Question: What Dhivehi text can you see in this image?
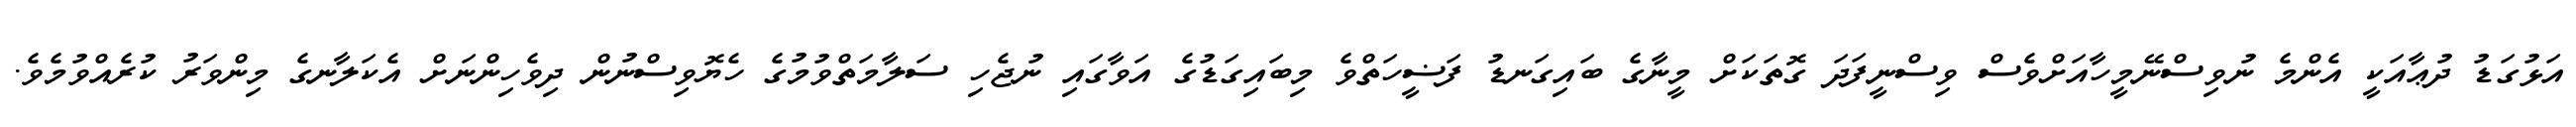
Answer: އަޅުގަޑު ދުޢާއަކީ އެންމެ ނުވިސްނޭމީހާއަށްވެސް ވިސްނީފަދަ ގޮތަކަށް މީނާގެ ބައިގަނޑު ފަޟީހަތްވެ މިބައިގަޑުގެ އަވާގައި ނުޖެހި ސަލާމަތްވުމުގެ ހެޔޮވިސްނުން ދިވެހިންނަށް އެކަލާނގެ މިންވަރު ކުރެއްވުމެވެ.